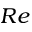
R e